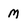
Character: m